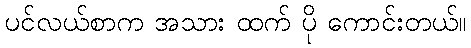
ပင်လယ်စာက အသား ထက် ပို ကောင်းတယ်။